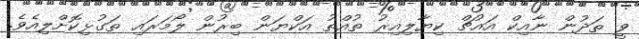
ވީ ތަދުން ނާއިކް އައުޗް ކިޔާލިއިރު ތުއްތު އަކްޔަން ބިރުން ލޯމަރައި ތަގުޅިކޮށްލިއެވެ.